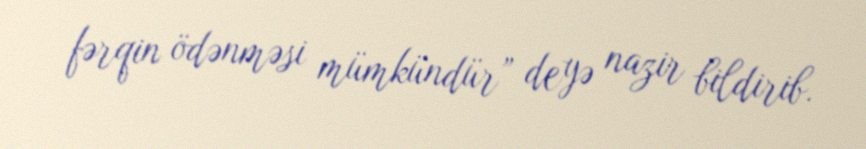
fərqin ödənməsi mümkündür” deyə nazir bildirib.